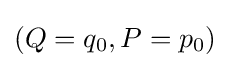
{\textstyle (Q=q_{0},P=p_{0})}